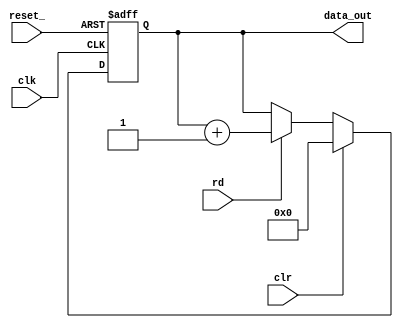
`default_nettype none
module test_gen	 #( parameter DW = 32 )  
(
	input	wire					reset_,
	input	wire					clk,
	input	wire					clr,
	input	wire					rd,
	output	wire [DW-1:0]	data_out
);

	reg [DW-1:0]				data_gen_cnt;

	//ZLP mode state machine
	always @(posedge clk, negedge reset_) begin
		if( !reset_ ) begin 
			data_gen_cnt <= {DW{1'b0}};
		end
		else begin
			if (clr)
				data_gen_cnt <= {DW{1'b0}};
			else if (rd)
				data_gen_cnt <= data_gen_cnt +1;
		end	
	end

	assign data_out = data_gen_cnt;

endmodule